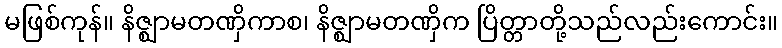
မဖြစ်ကုန်။ နိဇ္ဈာမတဏှိကာစ၊ နိဇ္ဈာမတဏှိက ပြိတ္တာတို့သည်လည်းကောင်း။